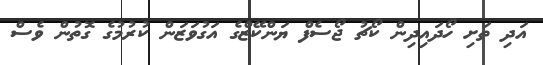
އަދި ތަށި ހޯދައިދިން ކޯޗު ޖޯސެފް ޔަންކޭޒްގެ އަގުވަޒަން ކުރުމުގެ ގޮތުން ވެސް